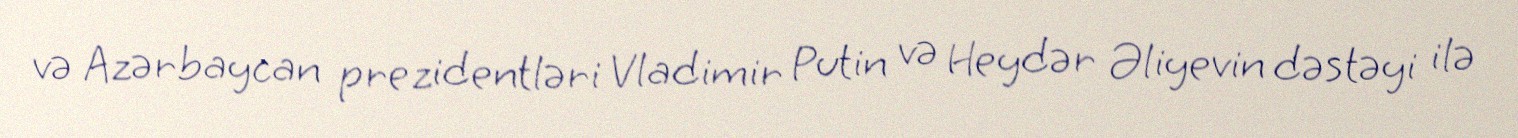
və Azərbaycan prezidentləri Vladimir Putin və Heydər Əliyevin dəstəyi ilə